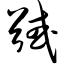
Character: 馘